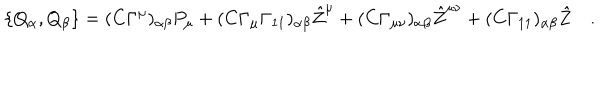
\{ Q _ { \alpha } , Q _ { \beta } \} = ( C \Gamma ^ { \mu } ) _ { \alpha \beta } P _ { \mu } + ( C \Gamma _ { \mu } \Gamma _ { 1 1 } ) _ { \alpha \beta } { \hat { Z } } ^ { \mu } + ( C \Gamma _ { \mu \nu } ) _ { \alpha \beta } { \hat { Z } } ^ { \mu \nu } + ( C \Gamma _ { 1 1 } ) _ { \alpha \beta } { \hat { Z } } \quad .